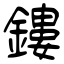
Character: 鏤